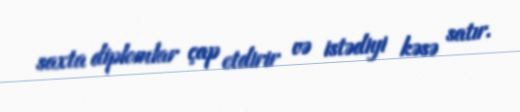
saxta diplomlar çap etdirir və istədiyi kəsə satır.